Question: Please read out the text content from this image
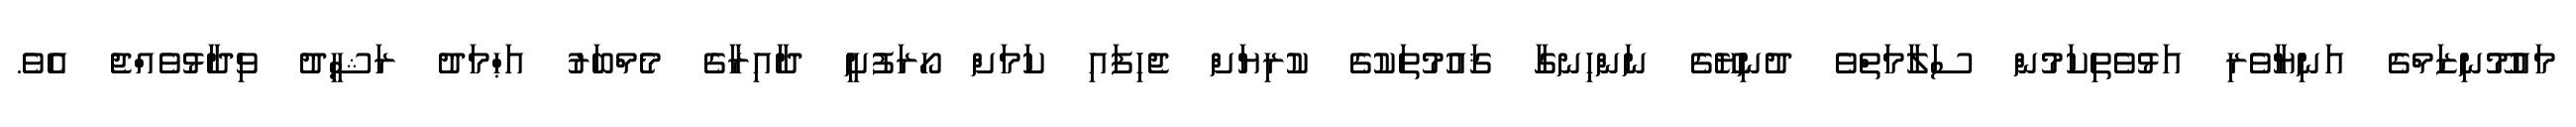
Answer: މައުމޫނިޒަމްގެ އަނިޔާވެރި އަޅުވެތިކަމުން ސަލާމަތްވެ ދުނިޔޭގެ ނަންހިނގާ ޤައުމުތަކުގެ ކުރިޔަށް ޖެހިފައި ކަމަށް ހޯރަފުށީ ދާއިރާގެ މެމްބަރު އަޙްމަދު ރަޝީދު ވިދާޅުވެއްޖެ އެވެ.